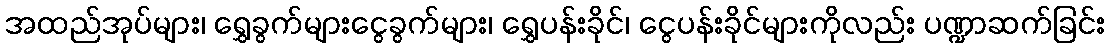
အထည်အုပ်များ၊ ရွှေခွက်များငွေခွက်များ၊ ရွှေပန်းခိုင်၊ ငွေပန်းခိုင်များကိုလည်း ပဏ္ဍာဆက်ခြင်း